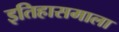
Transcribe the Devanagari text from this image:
इतिहासमाला